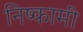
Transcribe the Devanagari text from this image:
निष्कामी